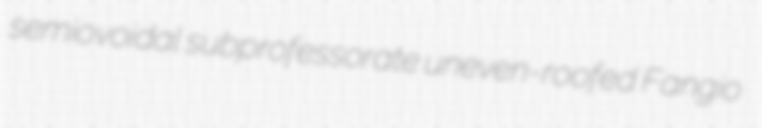
semiovoidal subprofessorate uneven-roofed Fangio